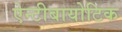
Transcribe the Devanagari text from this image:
ऐन्टीबायोटिक